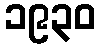
၁၉၃၀